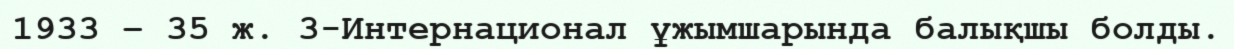
1933 – 35 ж. 3-Интернационал ұжымшарында балықшы болды.